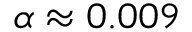
\begin{array} { r } { \alpha \approx 0 . 0 0 9 } \end{array}